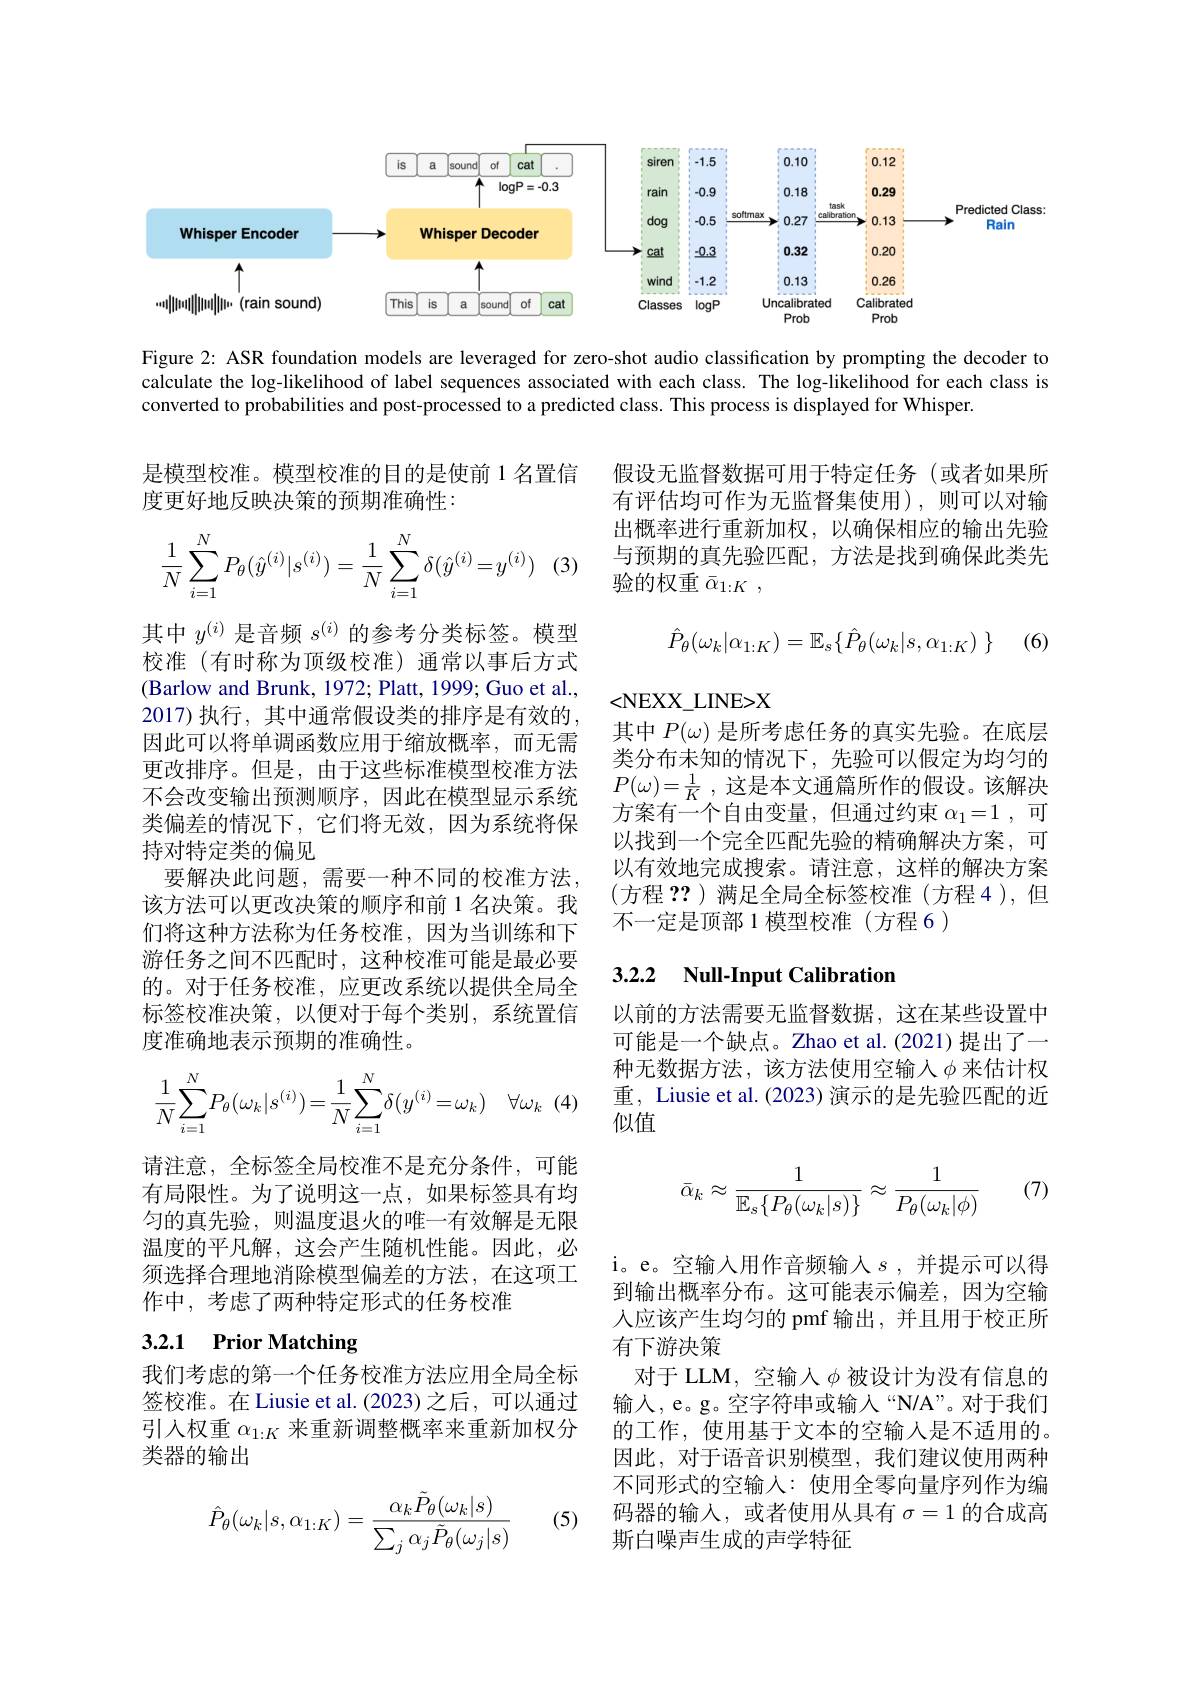
<FigureHere>

Figure 2: ASR foundation models are leveraged for zero-shot audio classification by prompting the decoder to calculate the log-likelihood of label sequences associated with each class. The log-likelihood for each class is converted to probabilities and post-processed to a predicted class. This process is displayed for Whisper.

是模型校准。模型校准的目的是使前 1 名置信
度更好地反映决策的预期准确性：

假设无监督数据可用于特定任务(或者如果所有评估均可作为无监督集使用),则可以对输出概率进行重新加权，以确保相应的输出先验与预期的真先验匹配，方法是找到确保此类先验的权重$\bar{\alpha}_{1:K}$,
$$\begin{aligned}\frac{1}{N}\sum_{i=1}^{N}P_\theta(\hat{y}^{(i)}|s^{(i)})=\frac{1}{N}\sum_{i=1}^{N}\delta(\hat{y}^{(i)}=y^{(i)})\end{aligned}$$
$$\hat{P}_\theta(\omega_k|\alpha_{1:K})=\mathbb{E}_s\{\hat{P}_\theta(\omega_k|s,\alpha_{1:K})\:\}$$
(6)

<NEXX\_LINE>X
其中$P(\omega)$是所考虑任务的真实先验。在底层类分布未知的情况下，先验可以假定为均匀的$P( \omega ) = \frac 1K$ ,这是本文通篇所作的假设。该解决方案有一个自由变量，但通过约束$\alpha_1=1$,可以找到一个完全匹配先验的精确解决方案，可以有效地完成搜索。请注意，这样的解决方案(方程 ??) 满足全局全标签校准(方程 4 ),但不一定是顶部 1 模型校准(方程 6)

### 3.2.2 Null-Input Calibratior

其中$y^{(i)}$是音频$s^{(i)}$的参考分类标签。模型校准(有时称为顶级校准)通常以事后方式(Barlow and Brunk, 1972; Platt, 1999; Guo et al., 2017)执行，其中通常假设类的排序是有效的因此可以将单调函数应用于缩放概率，而无需更改排序。但是，由于这些标准模型校准方法不会改变输出预测顺序，因此在模型显示系统类偏差的情况下，它们将无效，因为系统将保持对特定类的偏见
要解决此问题，需要一种不同的校准方法， 该方法可以更改决策的顺序和前 1 名决策。我们将这种方法称为任务校准，因为当训练和下游任务之间不匹配时，这种校准可能是最必要的。对于任务校准，应更改系统以提供全局全标签校准决策，以便对于每个类别，系统置信度准确地表示预期的准确性。
$$\dfrac{1}{N}\sum_{i=1}^{N}P_{\theta}(\omega_{k}|s^{(i)})=\dfrac{1}{N}\sum_{i=1}^{N}\delta(y^{(i)}=\omega_{k})\quad\forall\omega_{k}\:($$
请注意，全标签全局校准不是充分条件，可能有局限性。为了说明这一点，如果标签具有均匀的真先验，则温度退火的唯一有效解是无限温度的平凡解，这会产生随机性能。因此，必须选择合理地消除模型偏差的方法，在这项工作中，考虑了两种特定形式的任务校准
3.2.1 Prior Matching
我们考虑的第一个任务校准方法应用全局全标

以前的方法需要无监督数据，这在某些设置中可能是一个缺点。Zhao et al.(2021) 提出了一种无数据方法，该方法使用空输入$\phi$来估计权重，Liusie et al. (2023) 演示的是先验匹配的近似值
$$\bar{\alpha}_k\approx\frac{1}{\mathbb{E}_s\{P_\theta(\omega_k|s)\}}\approx\frac{1}{P_\theta(\omega_k|\phi)}\quad(7)$$
i。e。空输入用作音频输人$s$,并提示可以得到输出概率分布。这可能表示偏差，因为空输人应该产生均匀的 pmf 输出，并且用于校正所有下游决策
对于 LLM, 空输入$\phi$被设计为没有信息的输入，e。g。空字符串或输人“N/A”。对于我们的工作，使用基于文本的空输人是不适用的。因此，对于语音识别模型，我们建议使用两种不同形式的空输入：使用全零向量序列作为编码器的输入，或者使用从具有$\sigma=1$的合成高斯白噪声生成的声学特征

签校准。在 Liusie et al. (2023) 之后，可以通过引入权重$\alpha_{1:K}$来重新调整概率来重新加权分类器的输出

(5)
$$\hat{P}_\theta(\omega_k|s,\alpha_{1:K})=\frac{\alpha_k\tilde{P}_\theta(\omega_k|s)}{\sum_j\alpha_j\tilde{P}_\theta(\omega_j|s)}$$